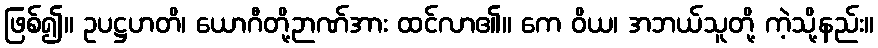
ဖြစ်၍။ ဥပဋ္ဌဟတိ၊ ယောဂီတို့ဉာဏ်အား ထင်လာ၏။ ကေ ဝိယ၊ အဘယ်သူတို့ ကဲ့သို့နည်း။